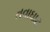
તવાઘાટ